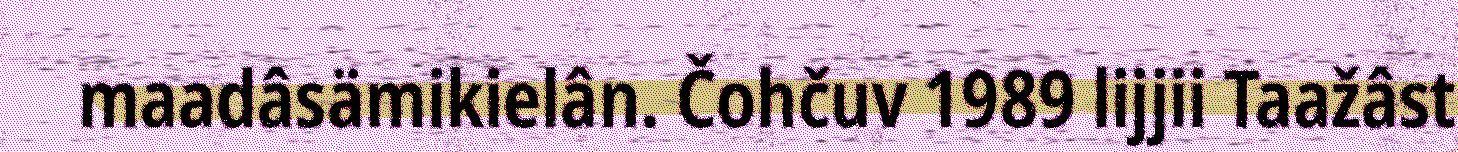
maadâsämikielân. Čohčuv 1989 lijjii Taažâst